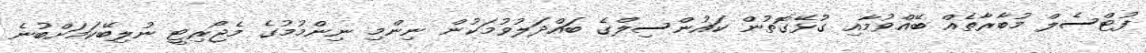
ފުޓްސެލް މުބާރާތެއް ބޭއްވުމާއި ގުޅޭގޮތުން ކައުންސިލްގެ ބައްދަލުވުމަކުން ނިންމި ނިންމުމުގެ މެޖޯރިޓީ ނުލިބޭކަމަށްބުނެ